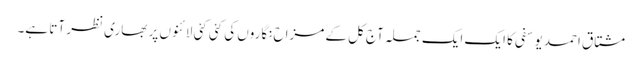
مشتاق احمد یوسفی کا ایک ایک جملہ آج کل کے مزاح نگاروں کی کئی کئی لائنوں پر بھاری نظر آتا ہے۔